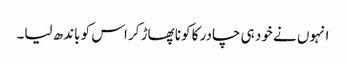
انہوں نے خود ہی چادر کا کونا پھاڑ کر اس کو باندھ لیا۔